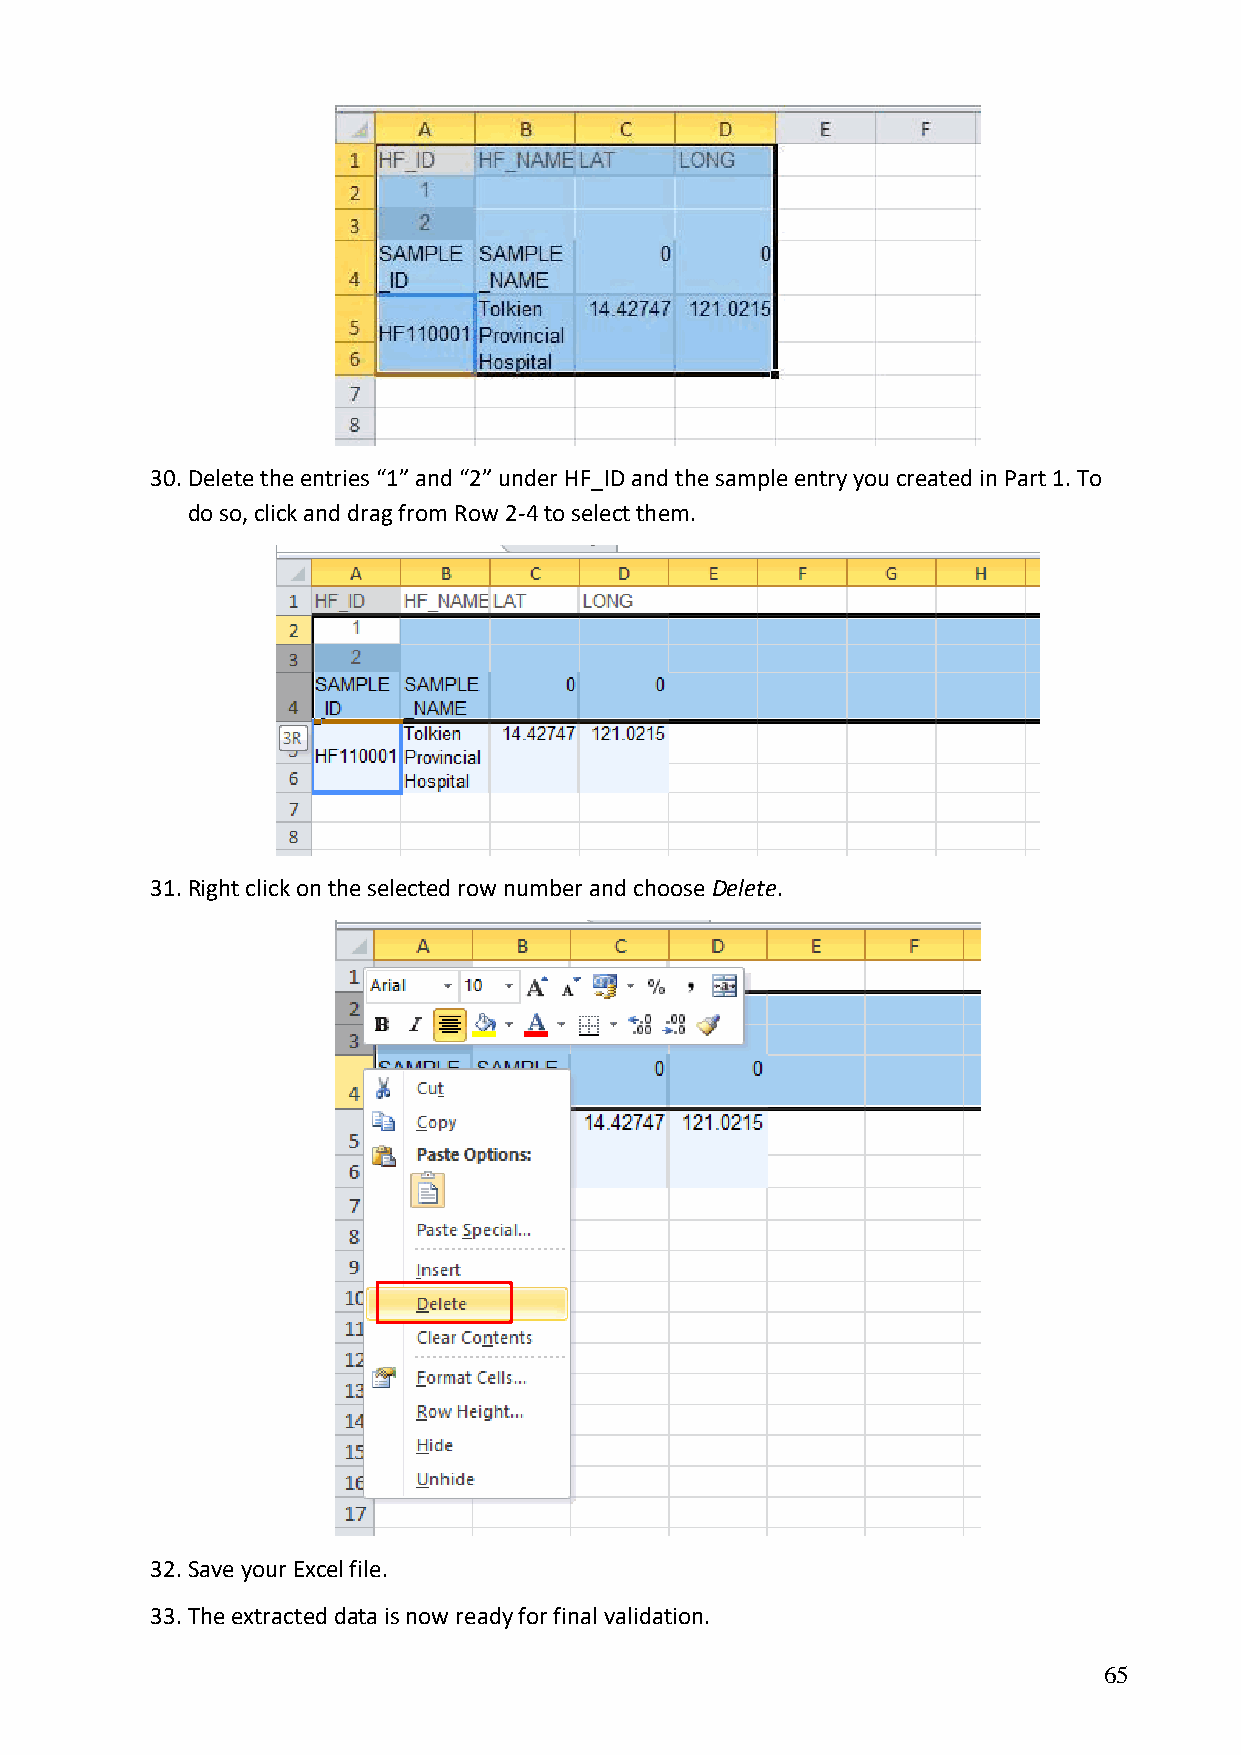
30. Delete the entries “1” and “2” under HF_ID and the sample entry you created in Part 1. To
 do so, click and drag from Row 2-4 to select them.
 31. Right click on the selected row number and choose Delete.
 32. Save your Excel file.
 33. The extracted data is now ready for final validation.
 65